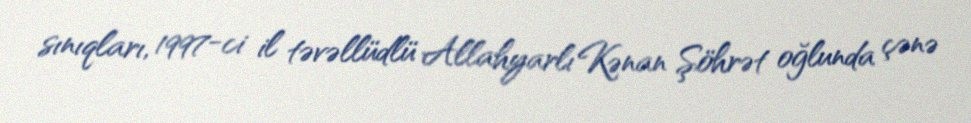
sınıqları, 1997-ci il təvəllüdlü Allahyarlı Kənan Şöhrət oğlunda çənə